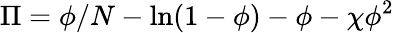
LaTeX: \Pi=\phi/N-\ln(1-\phi)-\phi-\chi\phi^{2}